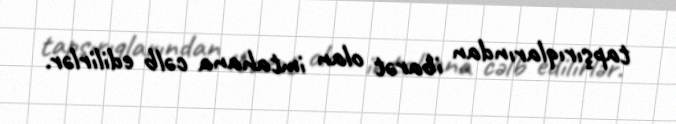
tapşırıqlarından ibarət olan imtahana cəlb edilirlər.